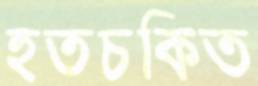
হতচকিত